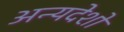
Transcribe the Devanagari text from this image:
अन्यदेशो